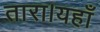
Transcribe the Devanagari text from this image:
तारा।यहाँ